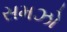
સમઝો